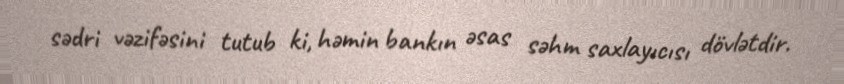
sədri vəzifəsini tutub ki, həmin bankın əsas səhm saxlayıcısı dövlətdir.